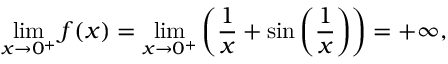
\operatorname* { l i m } _ { x \to 0 ^ { + } } f ( x ) = \operatorname* { l i m } _ { x \to 0 ^ { + } } \left( { \frac { 1 } { x } } + \sin \left( { \frac { 1 } { x } } \right) \right) = + \infty ,